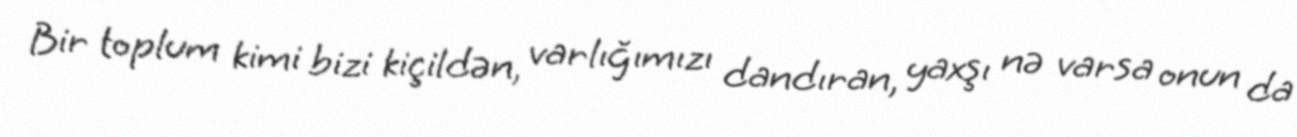
Bir toplum kimi bizi kiçildən, varlığımızı dandıran, yaxşı nə varsa onun da